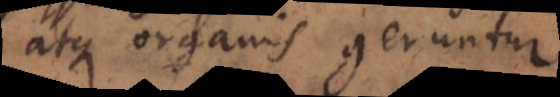
atque organis geruntur